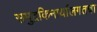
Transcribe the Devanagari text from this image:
समुद्रकिनार्यालगतचा